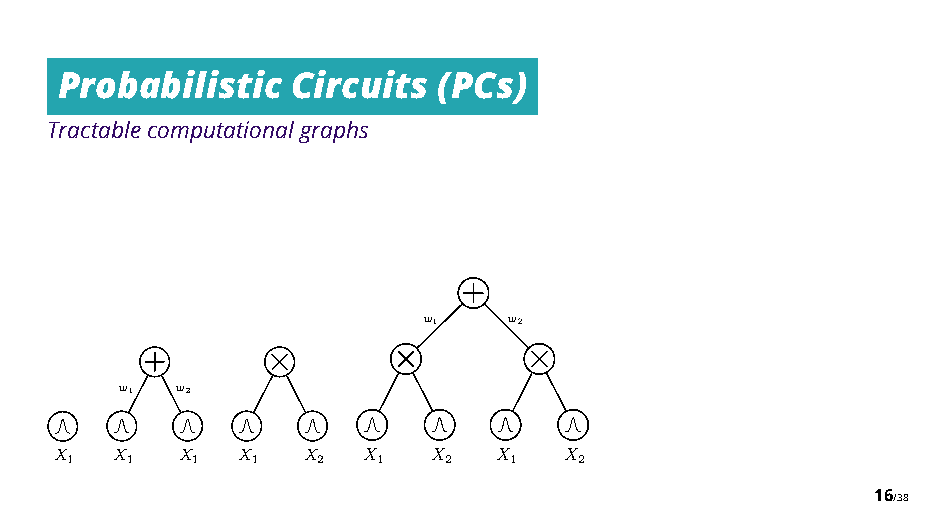
Probabilistic  Circuits  (PCs)
 Tractablecomputationalgraphs
 w1    w2
 ⇥       ⇥        ⇥
 w1  w2
 X1 X1   X1  X1  X2  X 1  X 2 X 1 X 2
 16/38